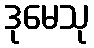
ဒုမေသု